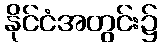
နိုင်ငံအတွင်း၌